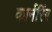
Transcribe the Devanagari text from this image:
कार्नरिंग